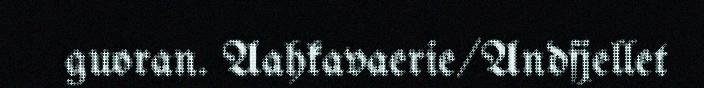
guoran. Aahkavaerie/Andfjellet